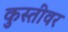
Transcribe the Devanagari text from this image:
कुस्तीवर